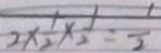
2 \times \frac { 1 } { 2 } \times \frac { 1 } { 2 } = \frac { 1 } { 2 }